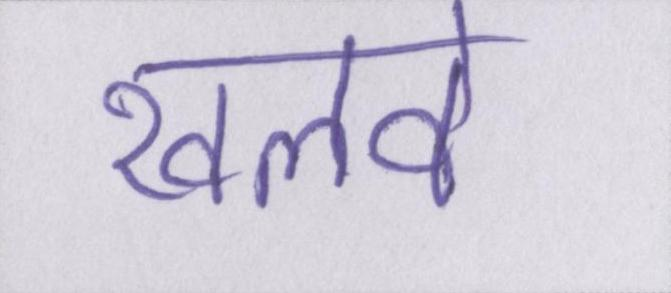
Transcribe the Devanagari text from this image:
खलवे